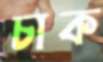
চাক